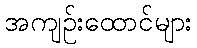
အကျဉ်းထောင်များ